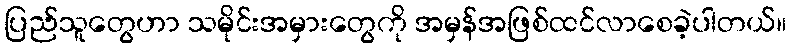
ပြည်သူတွေဟာ သမိုင်းအမှားတွေကို အမှန်အဖြစ်ထင်လာစေခဲ့ပါတယ်။